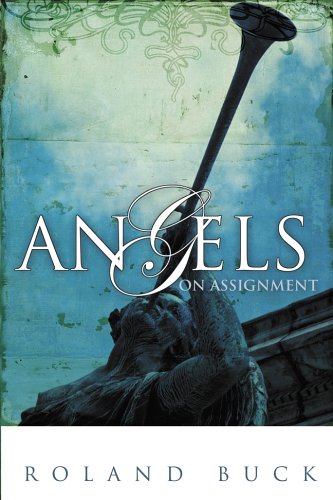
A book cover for Angels On Assignment; Roland Buck; Christian Books & Bibles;